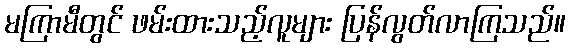
မကြာမီတွင် ဖမ်းထားသည့်လူများ ပြန်လွတ်လာကြသည်။